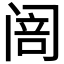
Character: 𮸦